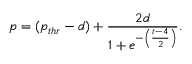
p = ( p _ { t h r } - d ) + \frac { 2 d } { 1 + e ^ { - \left( \frac { t - 4 } { 2 } \right) } } .